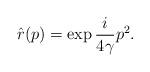
LaTeX: \begin{align*}\hat{r} (p) = \exp{ \frac{i}{4 \gamma} p^2 } .\end{align*}